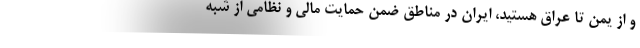
و از یمن تا عراق هستید، ایران در مناطق ضمن حمایت مالی و نظامی از شبه